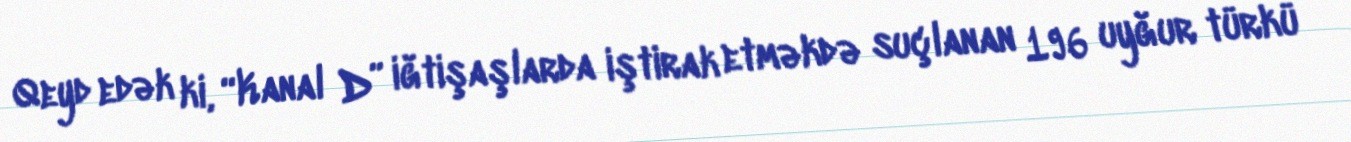
Qeyd edək ki, “Kanal D” iğtişaşlarda iştirak etməkdə suçlanan 196 uyğur türkü